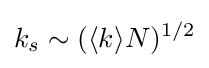
k_{s}\sim (\langle k\rangle N)^{1/2}